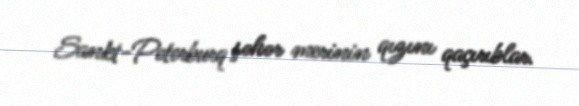
Sankt-Peterburq şəhər merinin qızını qaçırıblar.